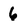
Character: 6